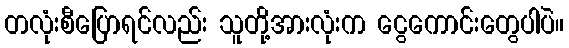
တလုံးစီပြောရင်လည်း သူတို့အားလုံးက ငွေကောင်းတွေပါပဲ။